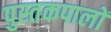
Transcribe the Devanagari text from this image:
पुस्तकपालों